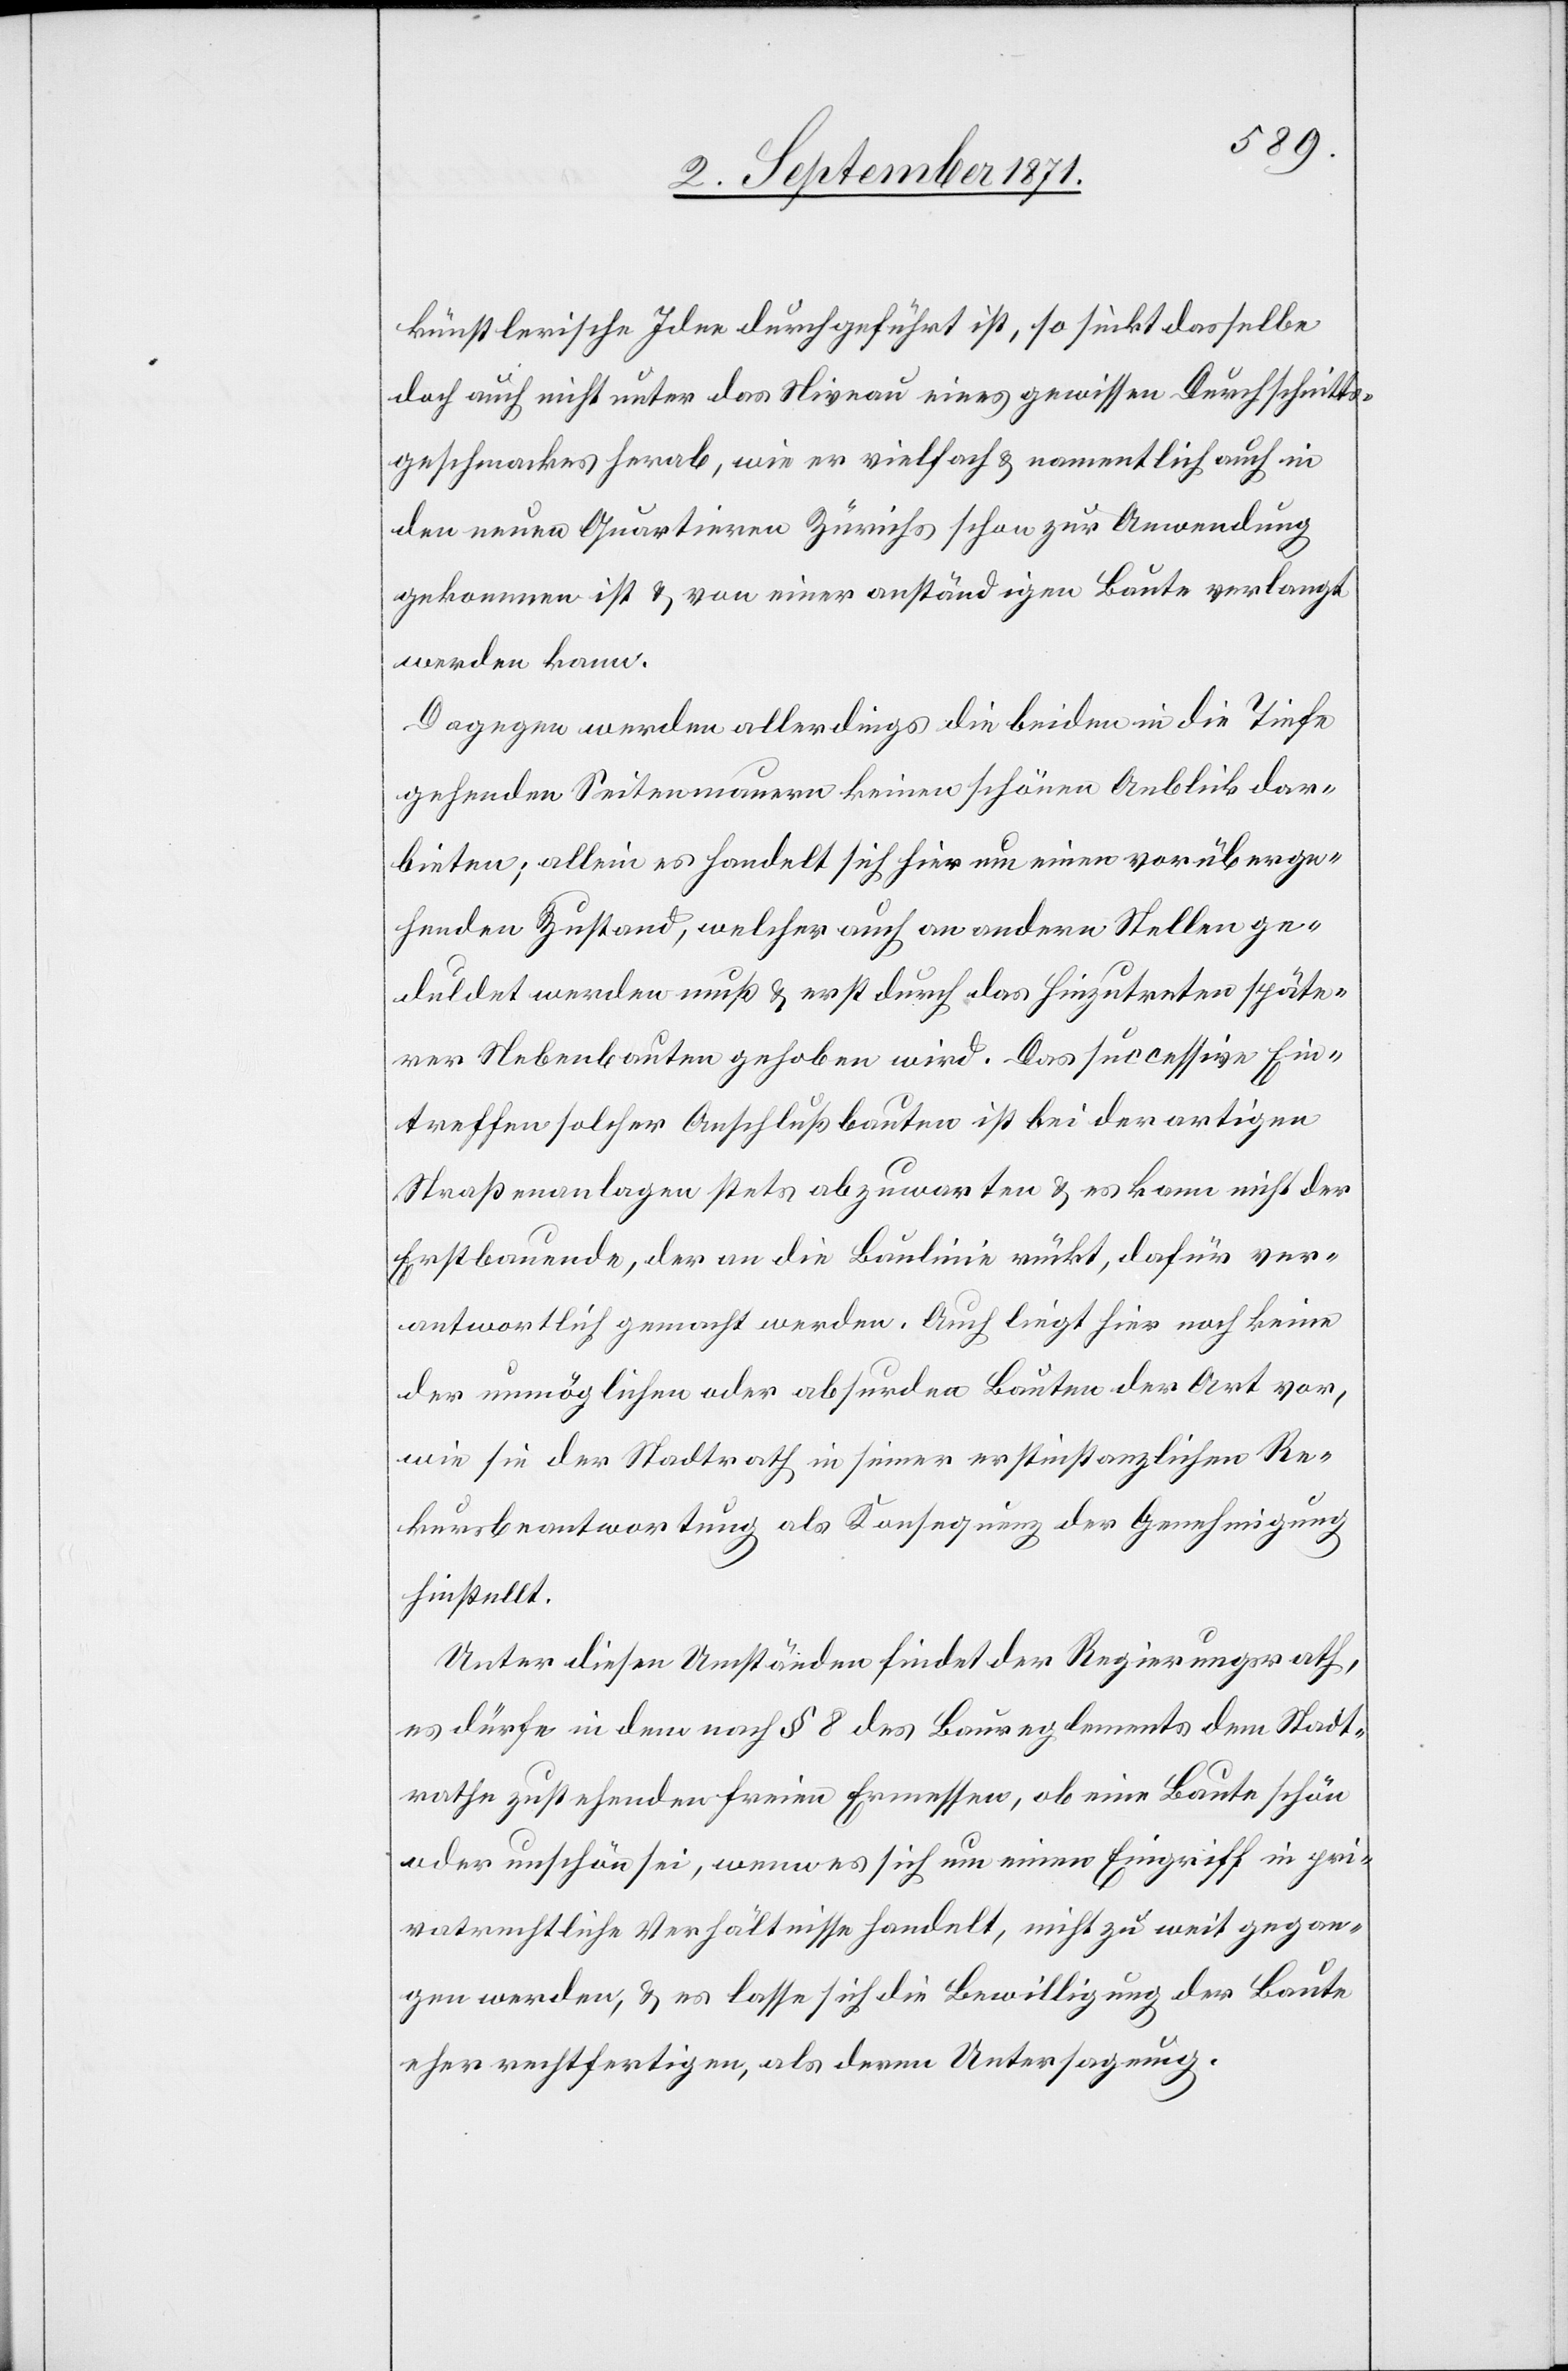
künstlerische Idee durchgeführt ist, so sinkt dasselbe
doch auch nicht unter das Niveau eines gewissen Durchschnitts¬
geschmackes herab, wie es vielfach & namentlich auch in
den neuen Quartieren Zürichs schon zur Anwendung
gekommen ist & von einer anständigen Baute verlangt
werden kann.
Dagegen werden allerdings die beiden in die Tiefe
gehenden Seitenmauern keinen schönen Anblick dar¬
bieten; allein es handelt sich hier um einen vorüberge¬
henden Zustand, welcher auch an anderen Stellen ge¬
duldet werden muß & erst durch das Hinzutreten späte¬
rer Nebenbauten gehoben wird. Das successive Ein¬
treffen solcher Anschlußbauten ist bei derartigen
Straßenanlagen stets abzuwarten & es kann nicht der
Erstbauende, der an die Baulinie rückt, dafür ver¬
antwortlich gemacht werden. Auch liegt hier noch keine
der unmöglichen oder absurden Bauten der Art vor,
wie sie der Stadtrath in seiner erstinstanzlichen Re¬
kursbeantwortung als Konsequenz der Genehmigung
hinstellt.
Unter diesen Umständen findet der Regierungsrath,
es dürfe in dem nach § 8 des Baureglements dem Stadt¬
rathe zustehenden freien Ermessen, ob eine Baute schön
oder unschön sei, wenn es sich um einen Eingriff in pri¬
vatrechtliche Verhältnisse handelt, nicht zu weit gegan¬
gen werden, & es lasse sich die Bewilligung der Baute
eher rechtfertigen, als deren Untersagung.